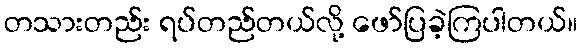
တသားတည်း ရပ်တည်တယ်လို့ ဖော်ပြခဲ့ကြပါတယ်။